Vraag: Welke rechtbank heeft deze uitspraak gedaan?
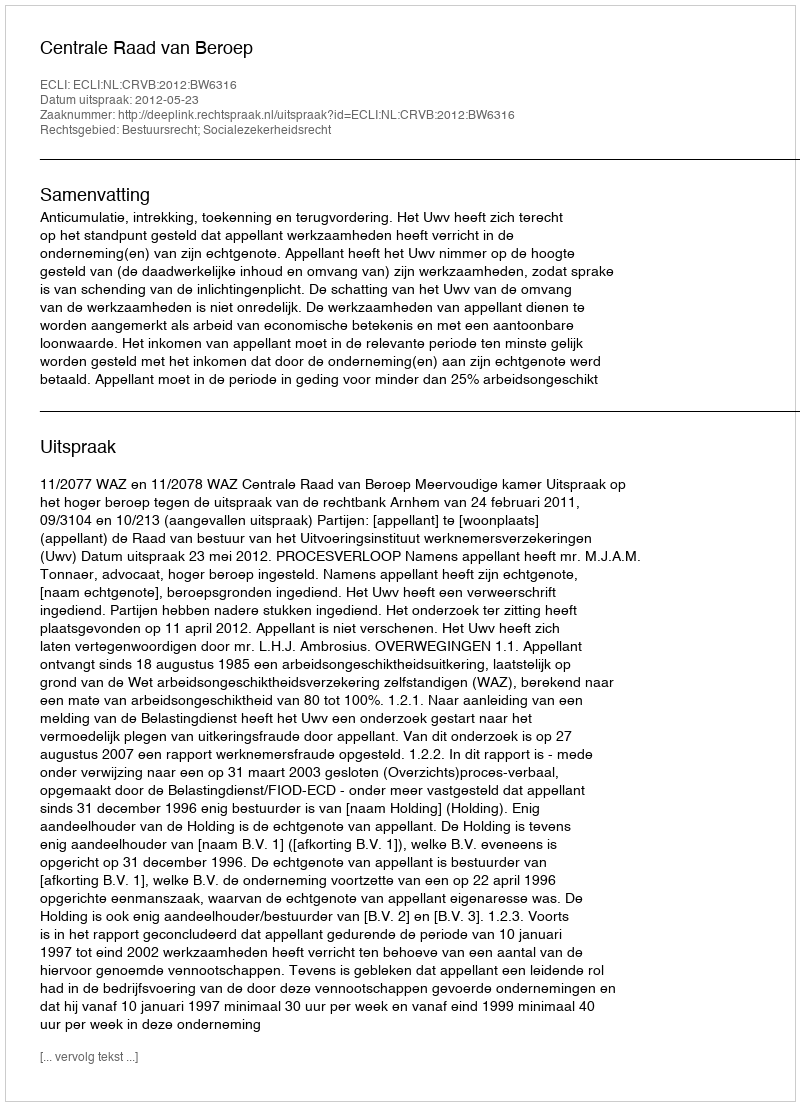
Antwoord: Centrale Raad van Beroep